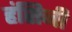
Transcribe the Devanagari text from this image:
हंसिनी